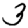
Digit: 3